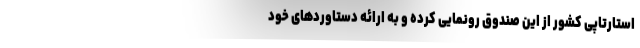
استارتاپی کشور از این صندوق رونمایی کرده و به ارائه دستاورد‌های خود